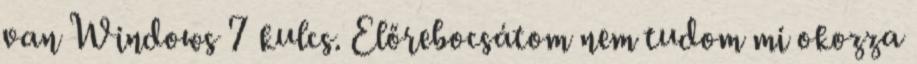
van Windows 7 kulcs. Előrebocsátom nem tudom mi okozza